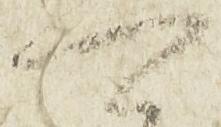
可